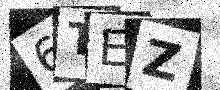
Text: 6TEZ